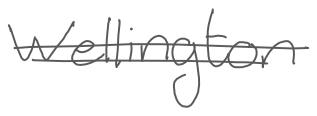
Text: Wellington
Cross-out: double-line
Writing tool: digital_gray